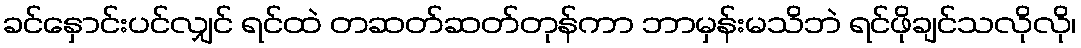
ခင်နှောင်းပင်လျှင် ရင်ထဲ တဆတ်ဆတ်တုန်ကာ ဘာမှန်းမသိဘဲ ရင်ဖိုချင်သလိုလို၊